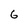
Character: 6